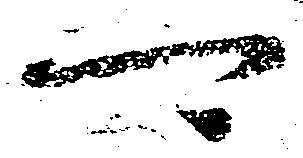
可